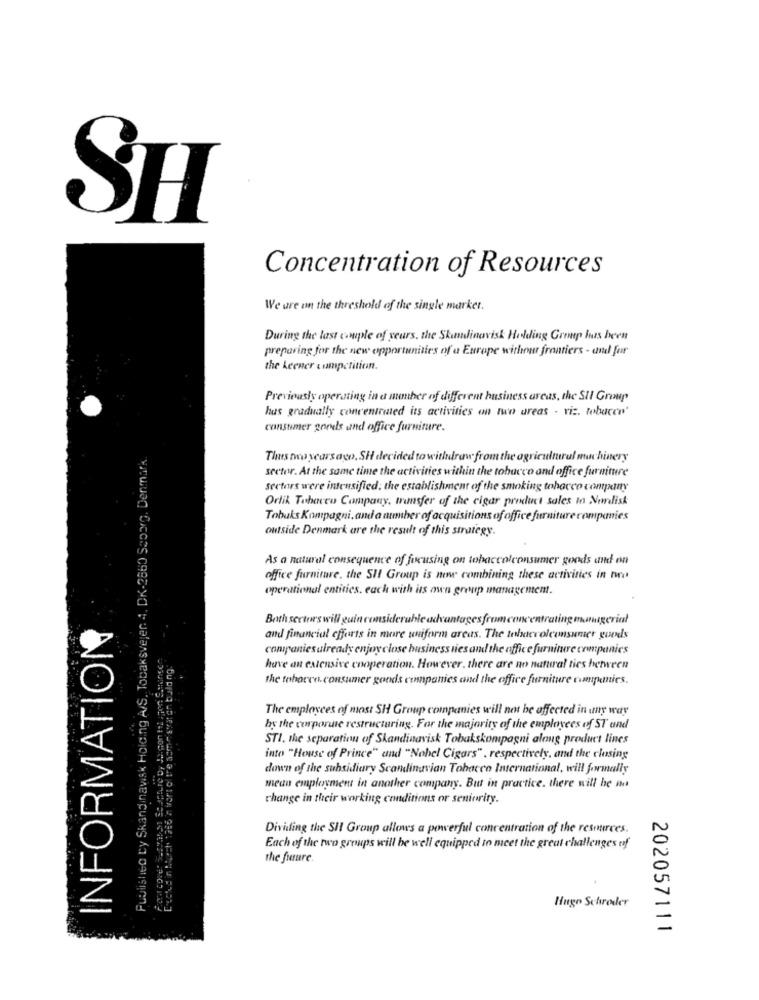
SH
Concentration of Resources
We are on the threshold of the single market.
During the last couple of years, the Skandinavisk Holding Group has been
preparing for the new opportunities of a Europe without frontiers - and for
the keener competition.
Previously operating in a manher of different business areas, the SII Group
has gradually concentrated its activities on two areas - viz. tobacco'
consumer goods and office furniture.
Published By Skandinavisk Holding A/S, Tobaksvejen 4. DK-2860 Scoorg, Denmark
Tles two years ago, SH decided to withdraw from the agricultural machinery
sector. At the same time the activities within the tobacco and office furniture
Sectors were intensified; the establishment of the smoking tobacco company
Orlik Tobacco Company, transfer of the cigar product sales In Nordisk
Tobuks Kompagni. and a number of acquisitions of office furniture companies
outside Denmark are the result of this strategy.
As a natural consequence of focusing on tobaccolconsumer goods and on
office furniture, the SH Group is noww combining these activities in mo
operational entities. each with its own group management.
Both sectors will guin com
advantagesfromconcentrating managerial
INFORMATION
and financial efforts in more uniform areas. The tehaevolconsumer goods
companies already enjoy close business nies and the office furniture companies
have an extensive cooperation. However, there are no natural ties between
the tohoren. consumer goods companies and the office furniture companies.
The employees of most SH Group companies will not be affected in any way
hy the corporate restructuring. For the majority of the employees of ST and
STI. the separation of Skandinavisk Tobakskompagni along product lines
into "House of Prince" and "Nobel Cigars" , respectively, and the closing
down of the subsidiary Scandinavian Tobacco International, will formally
mean employment in another company. But in practice. there will he is
change in their working conditions or seniority.
Dividing the SHI Group allows a powerful concentration of the resources.
Each of the two groups will be well equipped to meet the great challenges of
the future.
Hugo Schroder
202057111